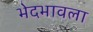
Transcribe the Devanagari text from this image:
भेदभावला